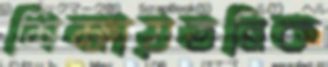
শিক্ষায়তনিক